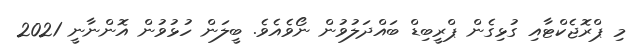
މި ޕްރޮޖެކްޓާއި ގުޅިގެން ޕްރީބިޑް ބައްދަލުވުން ނޯވެއެވެ. ބީލަން ހުޅުވުން އޮންނާނީ 2021